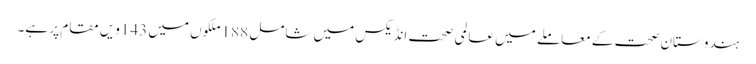
ہندوستان صحت کے معاملے میں عالمی صحت انڈیکس میں شامل 188ملکوں میں 143ویں مقام پر ہے۔